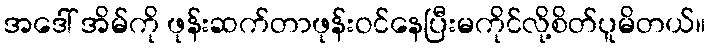
အဒေါ် အိမ်ကို ဖုန်းဆက်တာဖုန်းဝင်နေပြီးမကိုင်လို့စိတ်ပူမိတယ်။